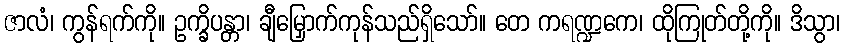
ဇာလံ၊ ကွန်ရက်ကို။ ဥက္ခိပန္တာ၊ ချီမြှောက်ကုန်သည်ရှိသော်။ တေ ကရဏ္ဍကေ၊ ထိုကြုတ်တို့ကို။ ဒိသွာ၊